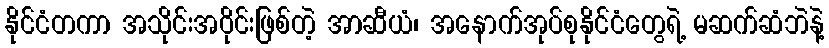
နိုင်ငံတကာ အသိုင်းအဝိုင်းဖြစ်တဲ့ အာဆီယံ၊ အနောက်အုပ်စုနိုင်ငံတွေရဲ့ မဆက်ဆံဘဲနဲ့